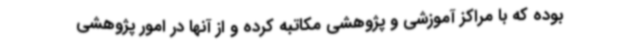
بوده که با مراکز آموزشی و پژوهشی مکاتبه کرده و از آنها در امور پژوهشی